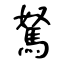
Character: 駑